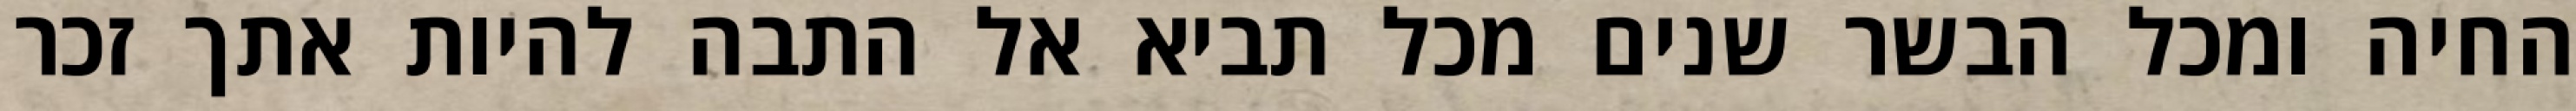
החיה ומכל הבשר שנים מכל תביא אל התבה להיות אתך זכר